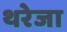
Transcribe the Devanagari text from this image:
थरेजा